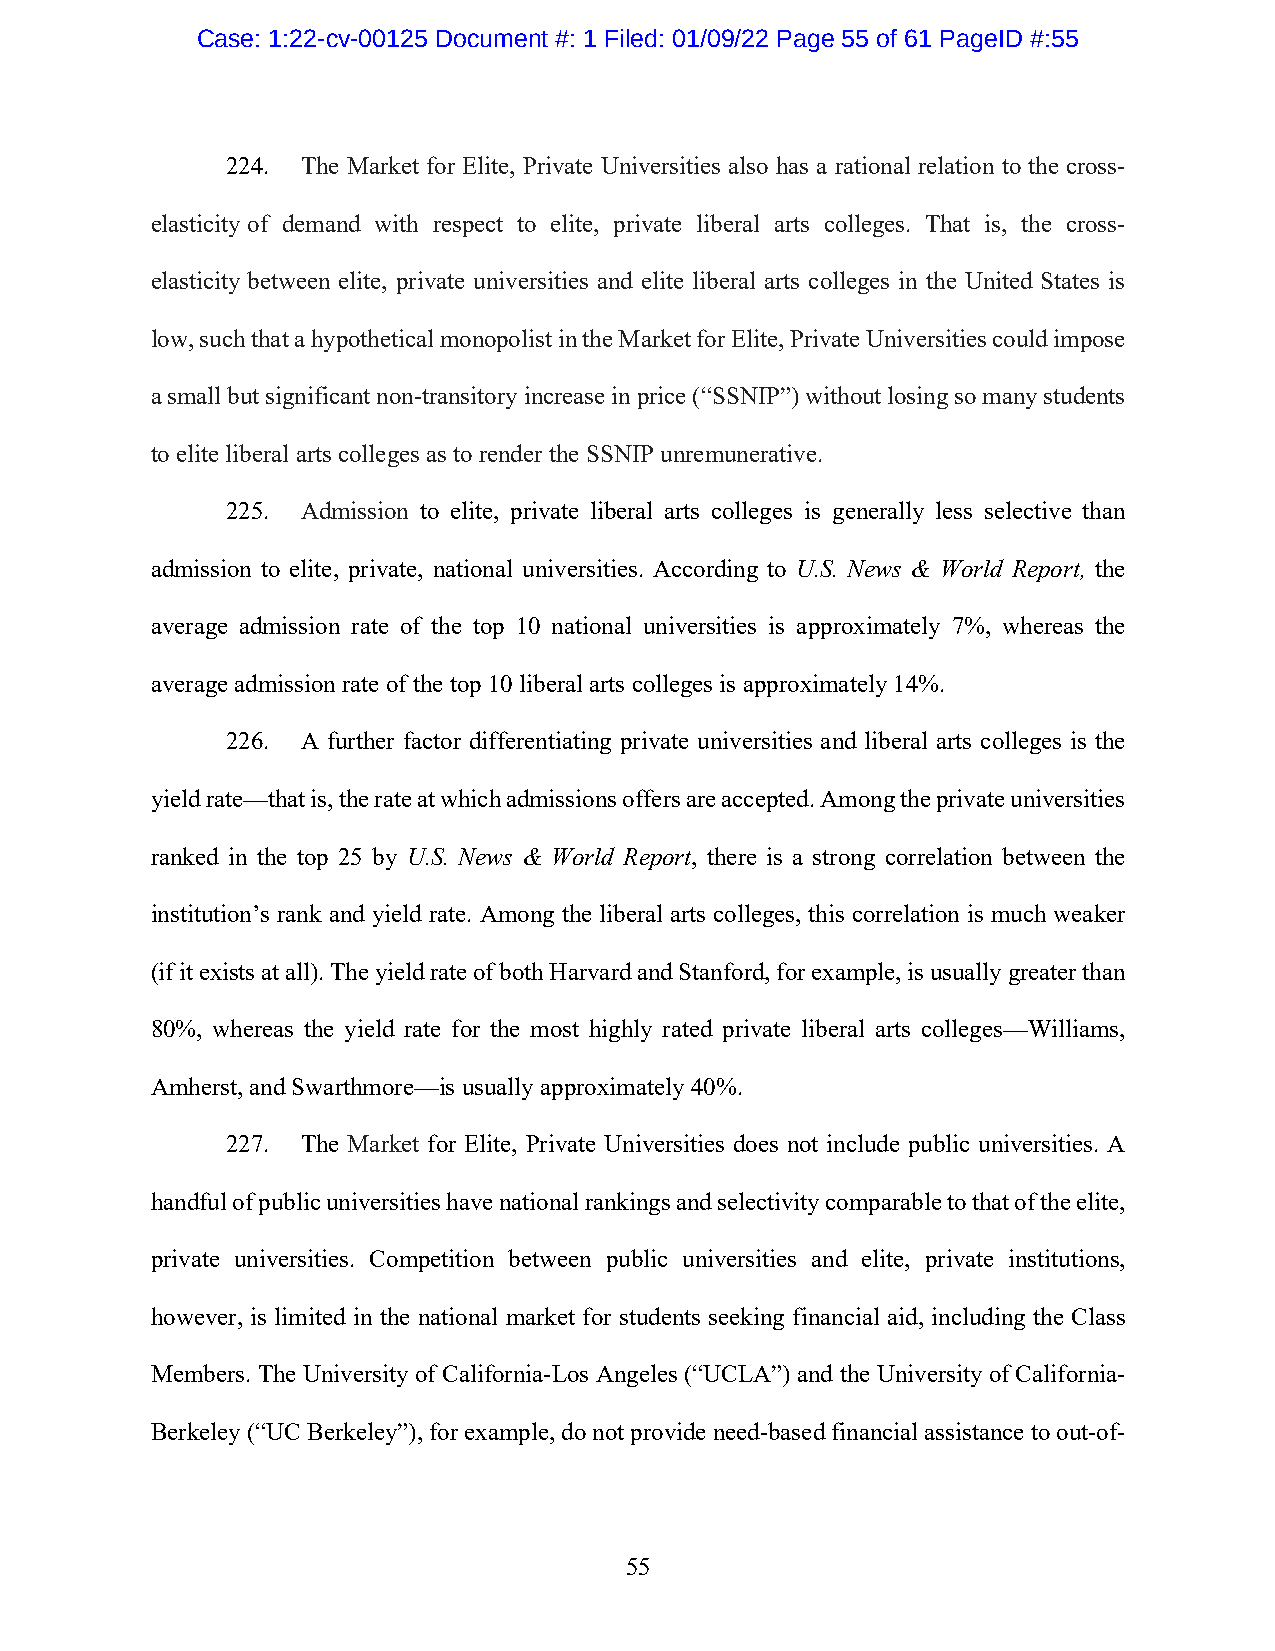
Case: 1:22-cv-00125 Document #: 1 Filed: 01/09/22 Page 55 of 61 PageID #:55
 224. The Market for Elite, Private Universities also has a rational relation to the cross-
 elasticity of demand with respect to elite, private liberal arts colleges. That is, the cross-
 elasticity between elite, private universities and elite liberal arts colleges in the United States is
 low, such that a hypothetical monopolist in the Market for Elite, Private Universities could impose
 a small but significant non-transitory increase in price (“SSNIP”) without losing so many students
 to elite liberal arts colleges as to render the SSNIP unremunerative.
 225. Admission to elite, private liberal arts colleges is generally less selective than
 admission to elite, private, national universities. According to U.S. News & World Report, the
 average admission rate of the top 10 national universities is approximately 7%, whereas the
 average admission rate of the top 10 liberal arts colleges is approximately 14%.
 226. A further factor differentiating private universities and liberal arts colleges is the
 yield rate—that is, the rate at which admissions offers are accepted. Among the private universities
 ranked in the top 25 by U.S. News & World Report, there is a strong correlation between the
 institution’s rank and yield rate. Among the liberal arts colleges, this correlation is much weaker
 (if it exists at all). The yield rate of both Harvard and Stanford, for example, is usually greater than
 80%, whereas the yield rate for the most highly rated private liberal arts colleges—Williams,
 Amherst, and Swarthmore—is usually approximately 40%.
 227. The Market for Elite, Private Universities does not include public universities. A
 handful of public universities have national rankings and selectivity comparable to that of the elite,
 private universities. Competition between public universities and elite, private institutions,
 however, is limited in the national market for students seeking financial aid, including the Class
 Members. The University of California-Los Angeles (“UCLA”) and the University of California-
 Berkeley (“UC Berkeley”), for example, do not provide need-based financial assistance to out-of-
 55